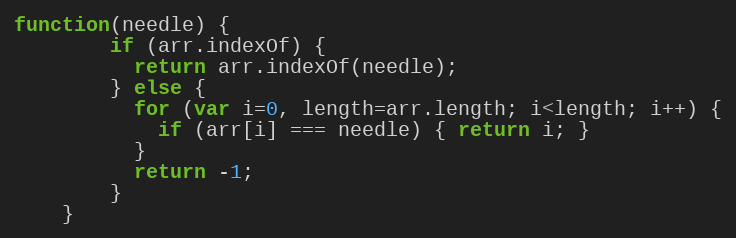
Language: JavaScript
function(needle) {
        if (arr.indexOf) {
          return arr.indexOf(needle);
        } else {
          for (var i=0, length=arr.length; i<length; i++) {
            if (arr[i] === needle) { return i; }
          }
          return -1;
        }
    }